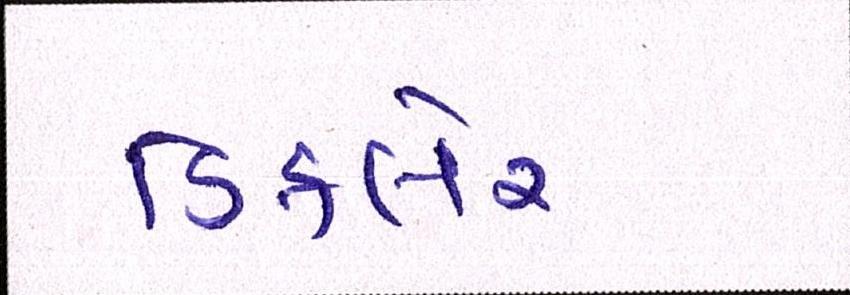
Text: ડિકલેર